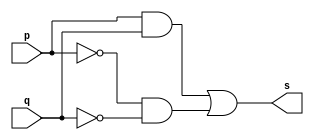
// ------------------------- 
// Exemplo0012 - xnor 
// Nome: Oswaldo Oliveira Paulino
// ------------------------- 

// --------------------- 
// -- xnor gate 
// --------------------- 

module xnorgate (output s, input p, input q); 
	assign s = (p & q) | (~p & ~q); 
endmodule // xnor

// --------------------- 
// -- test xnorgate 
// --------------------- 

module testxnorgate; 

// ------------------------- dados locais 
	reg a,b; // definir registrador 
	wire s; // definir conexao (fio) 
	
// ------------------------- instancia 
xnorgate NOR1 (s, a, b); 

// ------------------------- preparacao 
initial begin:start 
	a=0;
	b=0;
end 

// ------------------------- parte principal 
initial begin:main 
	$display("Exemplo0012 - Oswaldo Oliveira Paulino - 382175"); 
	$display("Test xnor gate"); 
	$display("\n a ^ b = s\n"); 
	$monitor(" %b ^ %b = %b", a, b, s); 
	#1 a=0; b=0; 
	#1 a=0; b=1; 
	#1 a=1; b=0; 
	#1 a=1; b=1; 
end 

endmodule // testxnorgate 


// ------------------------------ documentacao complementar
/*
    Exemplo0012 - Oswaldo Oliveira Paulino - 382175
    Test xnor gate
    
     a ^ b = s
    
     0 ^ 0 = 1
     0 ^ 1 = 0
     1 ^ 0 = 0
     1 ^ 1 = 1
*/